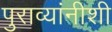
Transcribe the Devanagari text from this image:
पुराव्यांनीशी